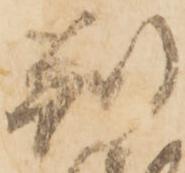
判